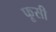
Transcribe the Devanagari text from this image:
फूसी